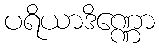
ပရိယာဒိဏ္ဏော